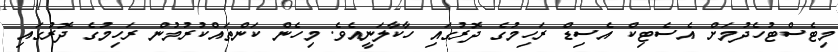
މިޓެސްޓުހެދުމަށް އެސެޓިކް އެސިޑް ރަހިމުގެ ދޮރުގައި ހާކާލަނީއެވެ. މިހެން ކަންތައްކުރުމުން ރަހިމުގެ ދޮރުގައި